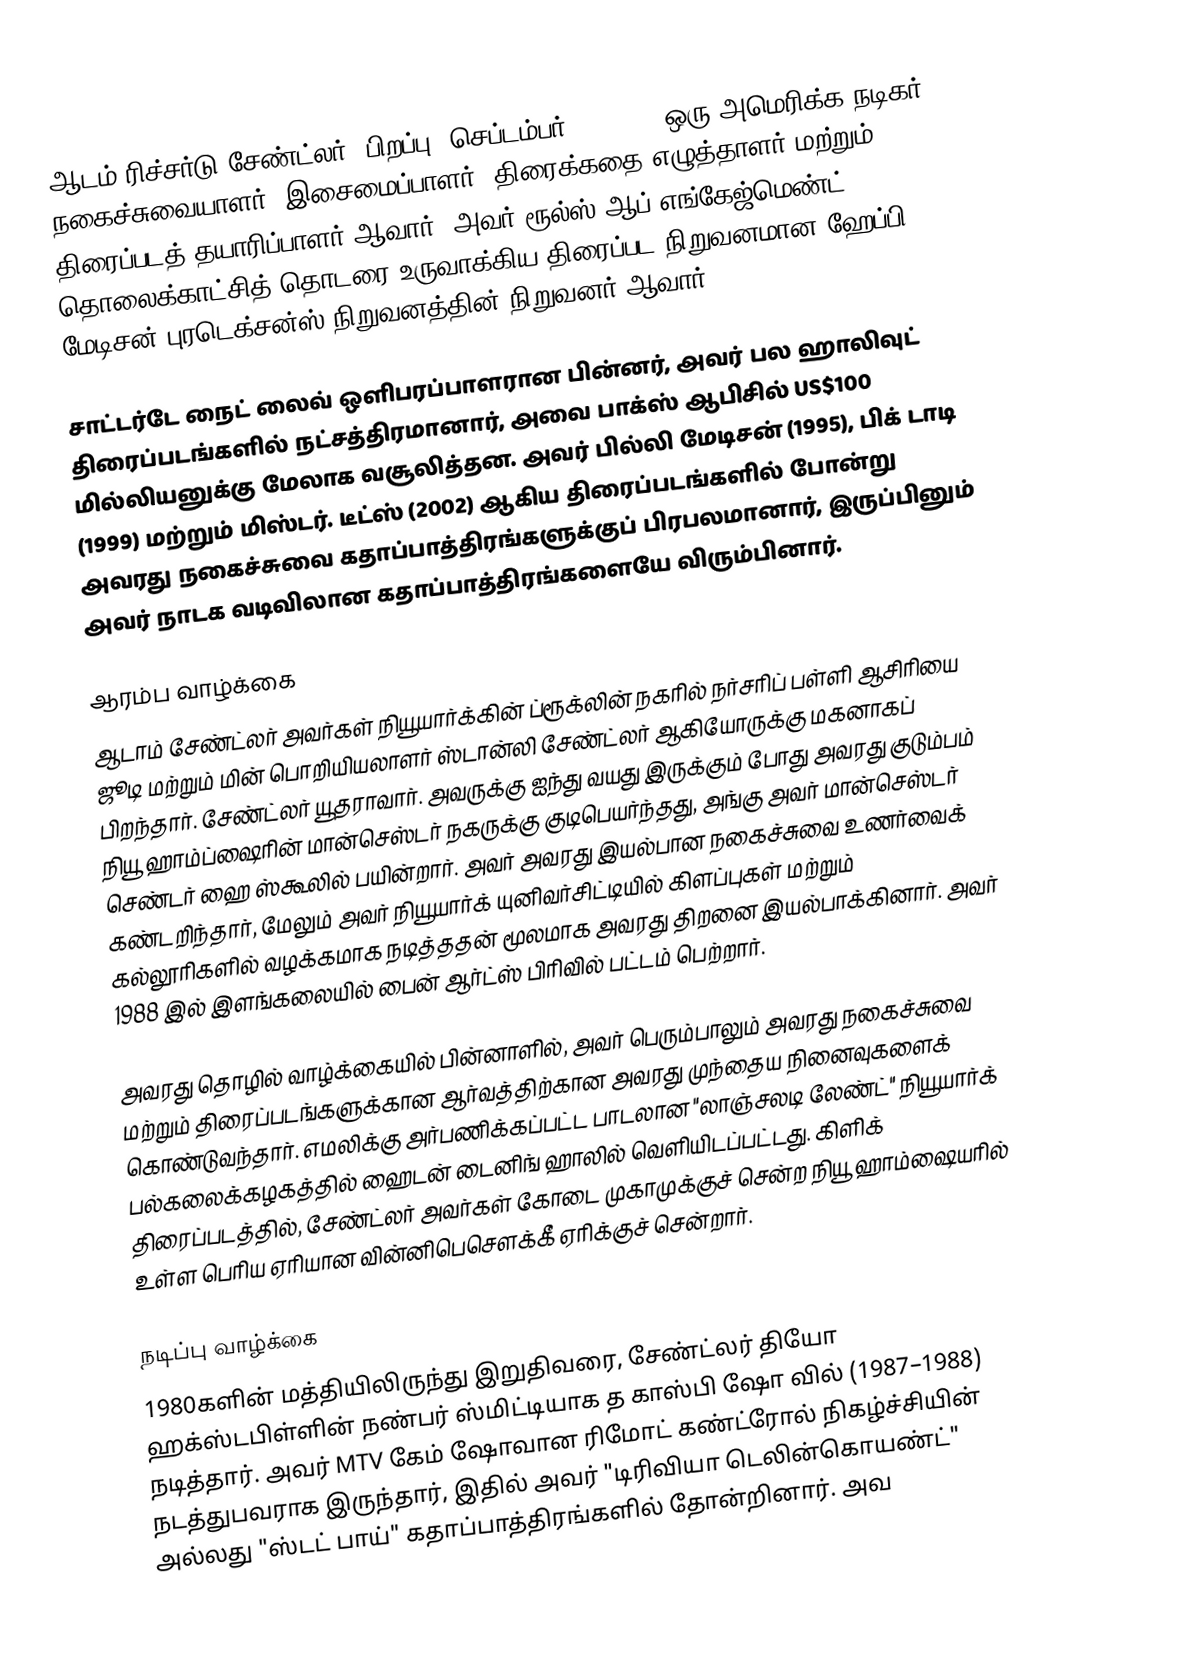
ஆடம் ரிச்சர்டு சேண்ட்லர்  (பிறப்பு: செப்டம்பர் 9, 1996) ஒரு அமெரிக்க நடிகர், நகைச்சுவையாளர், இசைமைப்பாளர், திரைக்கதை எழுத்தாளர் மற்றும் திரைப்படத் தயாரிப்பாளர் ஆவார். அவர் ரூல்ஸ் ஆப் எங்கேஜ்மெண்ட்  தொலைக்காட்சித் தொடரை உருவாக்கிய திரைப்பட நிறுவனமான ஹேப்பி மேடிசன் புரடெக்சன்ஸ் நிறுவனத்தின் நிறுவனர் ஆவார்.

சாட்டர்டே நைட் லைவ் ஒளிபரப்பாளரான பின்னர், அவர் பல ஹாலிவுட் திரைப்படங்களில் நட்சத்திரமானார், அவை பாக்ஸ் ஆபிசில் US$100 மில்லியனுக்கு மேலாக வசூலித்தன. அவர் பில்லி மேடிசன்  (1995), பிக் டாடி  (1999) மற்றும் மிஸ்டர். டீட்ஸ்  (2002) ஆகிய திரைப்படங்களில் போன்று அவரது நகைச்சுவை கதாப்பாத்திரங்களுக்குப் பிரபலமானார், இருப்பினும் அவர் நாடக வடிவிலான கதாப்பாத்திரங்களையே விரும்பினார்.

ஆரம்ப வாழ்க்கை
ஆடாம் சேண்ட்லர் அவர்கள் நியூயார்க்கின் ப்ரூக்லின் நகரில் நர்சரிப் பள்ளி ஆசிரியை ஜூடி மற்றும் மின் பொறியியலாளர் ஸ்டான்லி சேண்ட்லர் ஆகியோருக்கு மகனாகப் பிறந்தார். சேண்ட்லர் யூதராவார். அவருக்கு ஐந்து வயது இருக்கும் போது அவரது குடும்பம் நியூ ஹாம்ப்ஷைரின் மான்செஸ்டர் நகருக்கு குடிபெயர்ந்தது, அங்கு அவர் மான்செஸ்டர் செண்டர் ஹை ஸ்கூலில் பயின்றார். அவர் அவரது இயல்பான நகைச்சுவை உணர்வைக் கண்டறிந்தார், மேலும் அவர் நியூயார்க் யுனிவர்சிட்டியில் கிளப்புகள் மற்றும் கல்லூரிகளில் வழக்கமாக நடித்ததன் மூலமாக அவரது திறனை இயல்பாக்கினார். அவர் 1988 இல் இளங்கலையில் பைன் ஆர்ட்ஸ் பிரிவில் பட்டம் பெற்றார்.

அவரது தொழில் வாழ்க்கையில் பின்னாளில், அவர் பெரும்பாலும் அவரது நகைச்சுவை மற்றும் திரைப்படங்களுக்கான ஆர்வத்திற்கான அவரது முந்தைய நினைவுகளைக் கொண்டுவந்தார். எமலிக்கு அர்பணிக்கப்பட்ட பாடலான "லாஞ்சலடி லேண்ட்" நியூயார்க் பல்கலைக்கழகத்தில் ஹைடன் டைனிங் ஹாலில் வெளியிடப்பட்டது. கிளிக் திரைப்படத்தில், சேண்ட்லர் அவர்கள் கோடை முகாமுக்குச் சென்ற நியூ ஹாம்ஷையரில் உள்ள பெரிய ஏரியான வின்னிபெசௌக்கீ ஏரிக்குச் சென்றார்.

நடிப்பு வாழ்க்கை
1980களின் மத்தியிலிருந்து இறுதிவரை, சேண்ட்லர் தியோ ஹக்ஸ்டபிள்ளின் நண்பர் ஸ்மிட்டியாக த காஸ்பி ஷோ வில் (1987–1988) நடித்தார். அவர் MTV கேம் ஷோவான ரிமோட் கண்ட்ரோல்  நிகழ்ச்சியின் நடத்துபவராக இருந்தார், இதில் அவர் "டிரிவியா டெலின்கொயண்ட்" அல்லது "ஸ்டட் பாய்" கதாப்பாத்திரங்களில் தோன்றினார். அவ